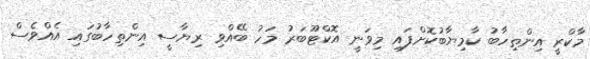
މާކްރީ އިންތިހާބު ކާމިޔާބުކޮށްފައި މިވަނީ އޮކްޓޫބަރު މަހު ބޭއްވި ރިޔާސީ އިންތިހާބުގައި އެއްވެސް